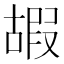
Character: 嘏